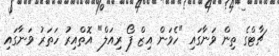
ޗާޓްގެ ތިން ވަނާގައި "ހެވަން އިޒް ފޯ ރިއަލް" އޮތްއިރު ހަތަރު ވަނާގައި